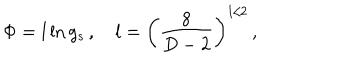
\Phi = l \ln g _ { s } \, , \quad l = \left( \frac { 8 } { D - 2 } \right) ^ { 1 / 2 } \, ,